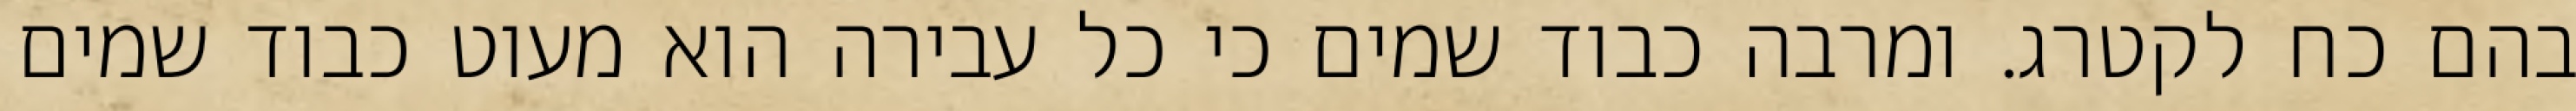
בהם כח לקטרג. ומרבה כבוד שמים כי כל עבירה הוא מעוט כבוד שמים